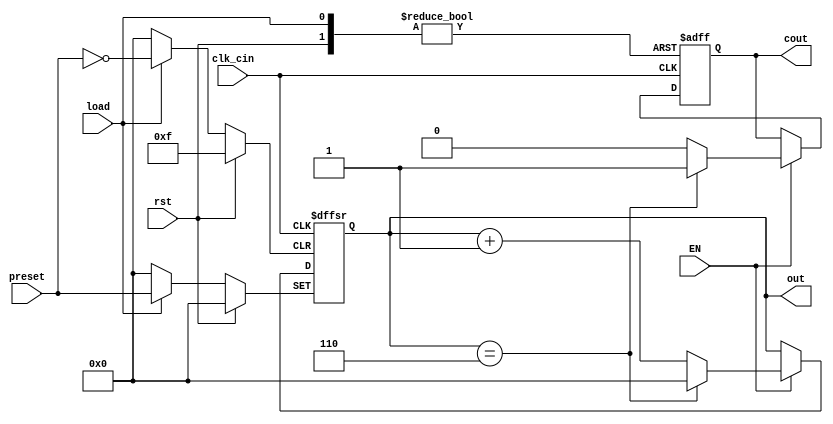
/*****************************************
Six_counter
yangsongtao
201611510:47:39
:
    

     clk_cin
    rst
     EN
     load
     preset
:
    : out
    

***********************************************/
module Six_counter (
    input clk_cin,
    input rst,
    input EN,
    input load,
    input[3:0] preset,
    output[3:0] out,
    output cout
    );
    reg [3:0] out_dat;
    reg FULL;

    always @ (posedge clk_cin or posedge rst or posedge load) begin
        if (rst) begin
            out_dat <= 0;
            FULL <= 0;
        end else if (load) begin
            out_dat <= preset;
            FULL <= 0;
        end else if (EN) begin
            if(out_dat == 4'd6) begin
                out_dat <= 0;
                FULL <= 1;
            end
            else begin
                out_dat <= out_dat + 4'd1;
                FULL <= 0;
            end
        end
    end

    assign out = out_dat;
    assign cout = FULL;
endmodule // Six_counter